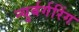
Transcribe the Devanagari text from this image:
न्युर्बर्गरिंग